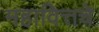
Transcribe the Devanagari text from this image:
महावित्तचे